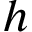
h